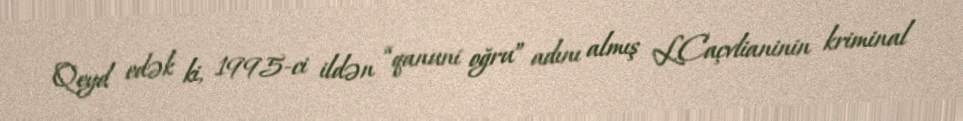
Qeyd edək ki, 1995-ci ildən “qanuni oğru” adını almış L.Caçvlianinin kriminal